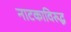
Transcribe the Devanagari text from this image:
नाटकाविरुद्ध